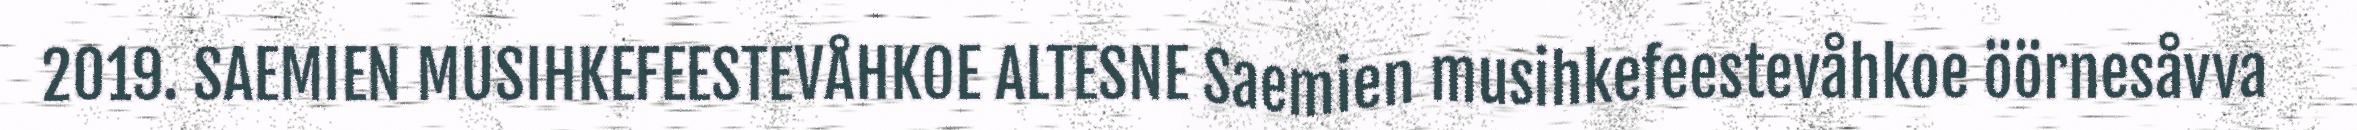
2019. SAEMIEN MUSIHKEFEESTEVÅHKOE ALTESNE Saemien musihkefeestevåhkoe öörnesåvva